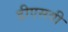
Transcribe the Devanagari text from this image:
डीएसवी